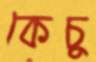
কেচু